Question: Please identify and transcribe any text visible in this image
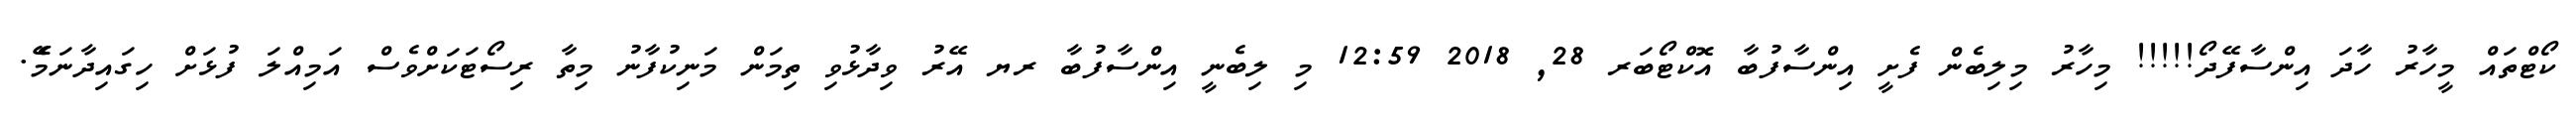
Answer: ކޯޓްތައް މީހާރު ހާދަ އިންސާފޭދޯ!!!!! މިހާރު މިލިބެން ފެށީ އިންސާފުބާ އޮކްޓޯބަރ 28, 2018 12:59 މި ލިބެނީ އިންސާފުބާ ރޔ އޭރު ވިދާޅުވި ތިމަން މަނިކުފާނު މިތާ ރިސޯޓަކަށްވެސް އަމިއްލަ ފުޅަށް ހިގައިދާނަމެޭ.